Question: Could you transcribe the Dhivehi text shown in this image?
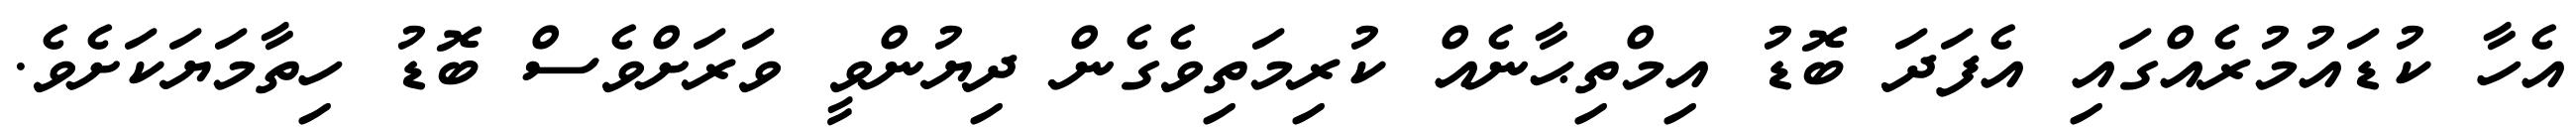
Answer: އެހާ ކުޑައުމުރެއްގައި އެފަދަ ބޮޑު އިމްތިޙާނެއް ކުރިމަތިވެގެން ދިޔުންވީ ވަރަށްވެސް ބޮޑު ހިތާމަޔަކަށެވެ.